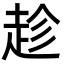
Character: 趁